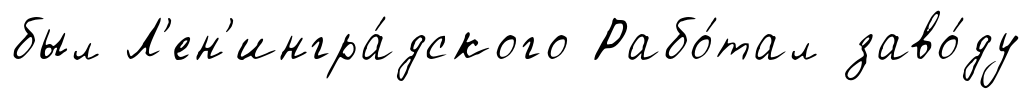
был Л'ен'ингра́дского Рабо́тал заво́ду